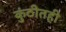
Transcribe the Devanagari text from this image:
कुंठीतही